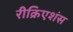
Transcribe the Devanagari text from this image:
रीक्रिएशंस